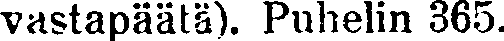
vastapäätä). Puhelin 365.